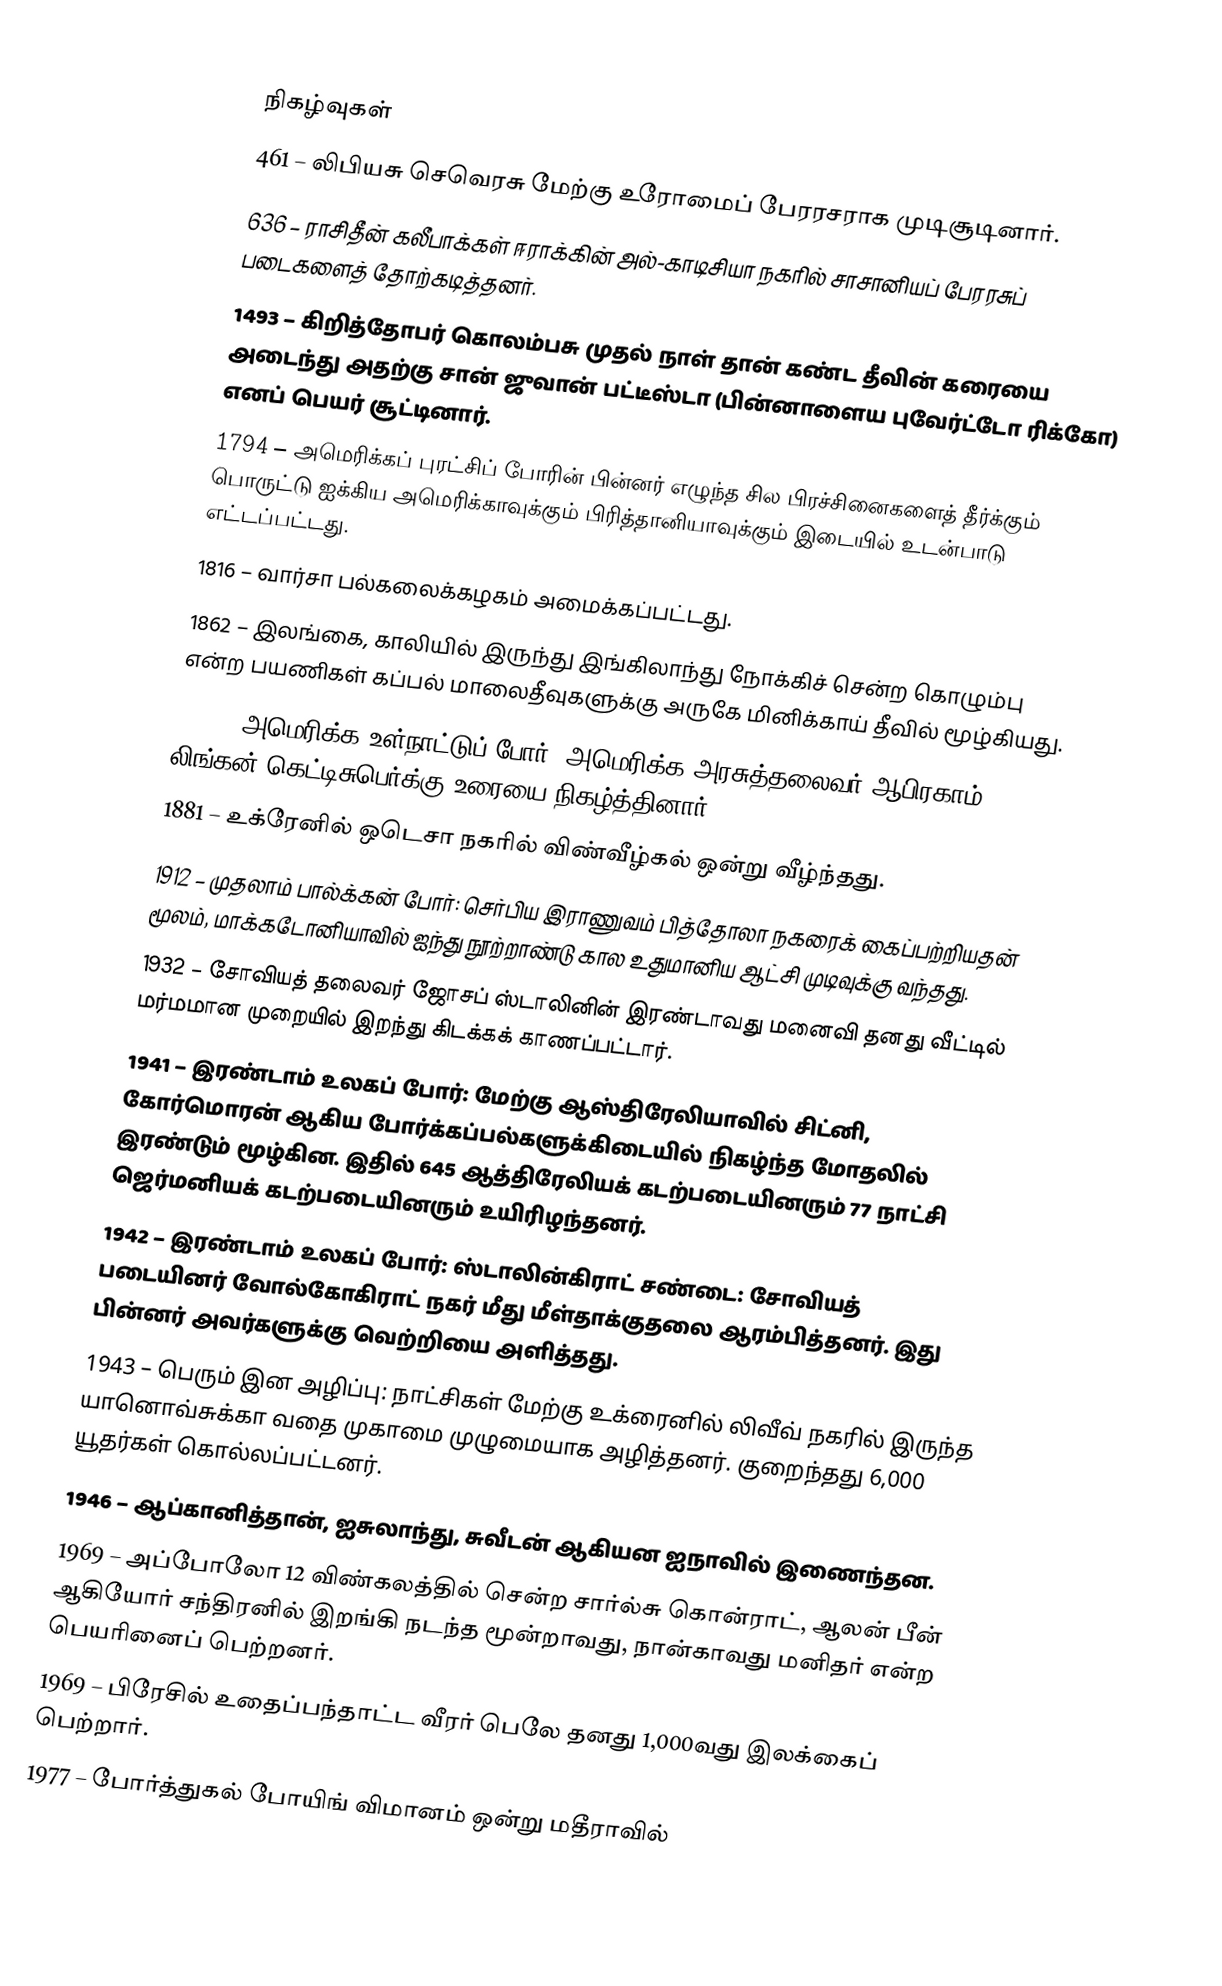

நிகழ்வுகள்
 461 – லிபியசு செவெரசு மேற்கு உரோமைப் பேரரசராக முடிசூடினார்.
 636 – ராசிதீன் கலீபாக்கள் ஈராக்கின் அல்-காடிசியா நகரில் சாசானியப் பேரரசுப் படைகளைத் தோற்கடித்தனர்.
1493 – கிறித்தோபர் கொலம்பசு முதல் நாள் தான் கண்ட தீவின் கரையை அடைந்து அதற்கு சான் ஜுவான் பட்டீஸ்டா (பின்னாளைய புவேர்ட்டோ ரிக்கோ) எனப் பெயர் சூட்டினார்.
1794 – அமெரிக்கப் புரட்சிப் போரின் பின்னர் எழுந்த சில பிரச்சினைகளைத் தீர்க்கும் பொருட்டு ஐக்கிய அமெரிக்காவுக்கும் பிரித்தானியாவுக்கும் இடையில் உடன்பாடு எட்டப்பட்டது.
1816 – வார்சா பல்கலைக்கழகம் அமைக்கப்பட்டது.
1862 – இலங்கை, காலியில் இருந்து இங்கிலாந்து நோக்கிச் சென்ற கொழும்பு என்ற பயணிகள் கப்பல் மாலைதீவுகளுக்கு அருகே மினிக்காய் தீவில் மூழ்கியது.
1863 – அமெரிக்க உள்நாட்டுப் போர்: அமெரிக்க அரசுத்தலைவர் ஆபிரகாம் லிங்கன் கெட்டிசுபெர்க்கு உரையை நிகழ்த்தினார்.
1881 – உக்ரேனில் ஒடெசா நகரில் விண்வீழ்கல் ஒன்று வீழ்ந்தது.
1912 – முதலாம் பால்க்கன் போர்: செர்பிய இராணுவம் பித்தோலா நகரைக் கைப்பற்றியதன் மூலம், மாக்கடோனியாவில் ஐந்து நூற்றாண்டு கால உதுமானிய ஆட்சி முடிவுக்கு வந்தது.
1932 – சோவியத் தலைவர் ஜோசப் ஸ்டாலினின் இரண்டாவது மனைவி தனது வீட்டில் மர்மமான முறையில் இறந்து கிடக்கக் காணப்பட்டார்.
1941 – இரண்டாம் உலகப் போர்: மேற்கு ஆஸ்திரேலியாவில் சிட்னி, கோர்மொரன் ஆகிய போர்க்கப்பல்களுக்கிடையில் நிகழ்ந்த மோதலில் இரண்டும் மூழ்கின. இதில் 645 ஆத்திரேலியக் கடற்படையினரும் 77 நாட்சி ஜெர்மனியக் கடற்படையினரும் உயிரிழந்தனர்.
1942 – இரண்டாம் உலகப் போர்: ஸ்டாலின்கிராட் சண்டை: சோவியத் படையினர் வோல்கோகிராட் நகர் மீது மீள்தாக்குதலை ஆரம்பித்தனர். இது பின்னர் அவர்களுக்கு வெற்றியை அளித்தது.
1943 – பெரும் இன அழிப்பு: நாட்சிகள் மேற்கு உக்ரைனில் லிவீவ் நகரில் இருந்த யானொவ்சுக்கா வதை முகாமை முழுமையாக அழித்தனர். குறைந்தது 6,000 யூதர்கள் கொல்லப்பட்டனர்.
1946 – ஆப்கானித்தான், ஐசுலாந்து, சுவீடன் ஆகியன ஐநாவில் இணைந்தன.
1969 – அப்போலோ 12 விண்கலத்தில் சென்ற சார்ல்சு கொன்ராட், ஆலன் பீன் ஆகியோர் சந்திரனில் இறங்கி நடந்த மூன்றாவது, நான்காவது மனிதர் என்ற பெயரினைப் பெற்றனர்.
1969 – பிரேசில் உதைப்பந்தாட்ட வீரர் பெலே தனது 1,000வது இலக்கைப் பெற்றார்.
1977 – போர்த்துகல் போயிங் விமானம் ஒன்று மதீராவில்